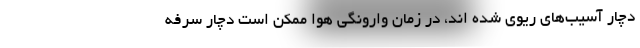
دچار آسیب‌های ریوی شده اند، در زمان وارونگی هوا ممکن است دچار سرفه